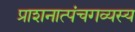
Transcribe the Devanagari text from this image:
प्राशनात्पंचगव्यस्य